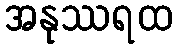
အနုဿရထ